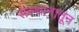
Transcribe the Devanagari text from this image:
संस्थानातून